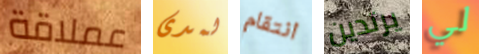
عملاقة لمدى انتقام يرتدين لي